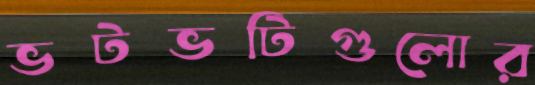
ভটভটিগুলোর